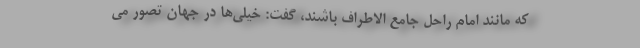
که مانند امام راحل جامع الاطراف باشند، گفت: خیلی‌ها در جهان تصور می